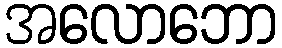
အလောဘော